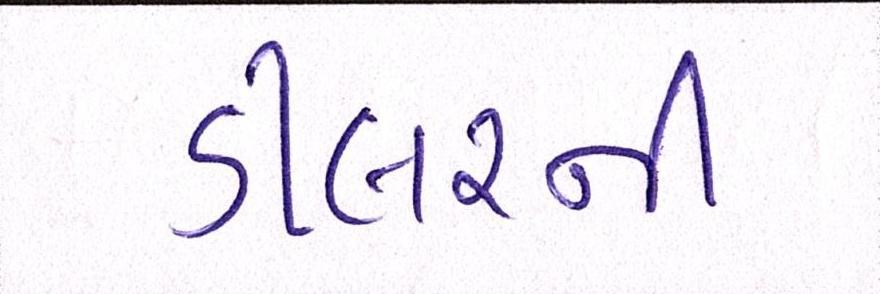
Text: ડીલરની